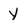
Character: Y